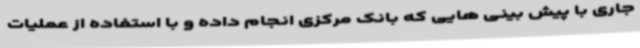
جاری با پیش بینی هایی که بانک مرکزی انجام داده و با استفاده از عملیات